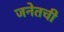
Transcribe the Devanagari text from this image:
जनेतची